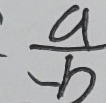
\frac { a } { - b }